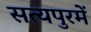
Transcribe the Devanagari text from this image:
सत्यपुरमें